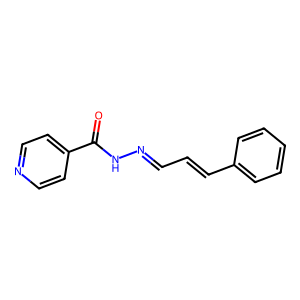
SMILES: O=C(NN=CC=Cc1ccccc1)c1ccncc1
Inhibits HIV replication: No